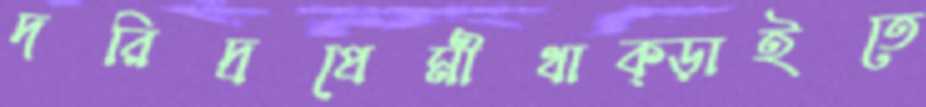
দরিদ্রপ্রেমীথাক্‌ড়াইতে